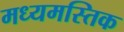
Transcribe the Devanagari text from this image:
मध्यमस्तिक